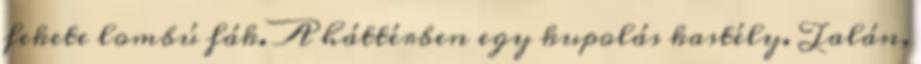
fekete lombú fák. A háttérben egy kupolás kastély. Talán,